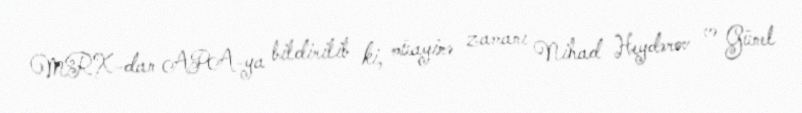
MRX-dan APA-ya bildirilib ki, müayinə zamanı Nihad Heydərov və Günel